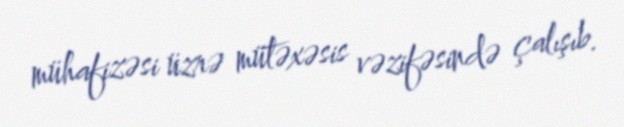
mühafizəsi üzrə mütəxəsis vəzifəsində çalışıb.